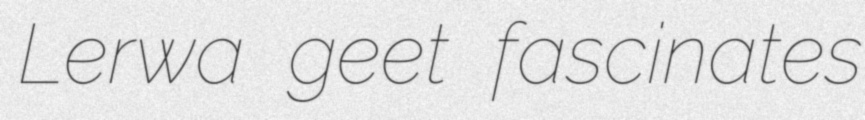
Lerwa geet fascinates